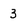
Character: 3